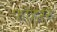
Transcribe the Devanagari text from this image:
फीहरर